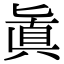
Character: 𠤤